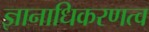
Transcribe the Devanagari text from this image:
ज्ञानाधिकरणत्व